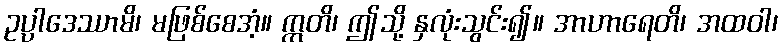
ဥပ္ပါဒေဿာမိ၊ မဖြစ်စေအံ့။ ဣတိ၊ ဤသို့ နှလုံးသွင်း၍။ အာဟာရေတိ၊ အထဝါ၊